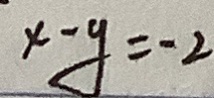
x - y = - 2